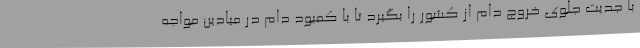
با جدیت جلوی خروج دام از کشور را بگیرد تا با کمبود دام در میادین مواجه